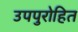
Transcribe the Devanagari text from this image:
उपपुरोहित